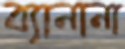
ব্যানানা